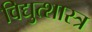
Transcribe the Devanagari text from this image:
विद्युत्शास्त्र